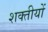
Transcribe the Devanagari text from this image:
शक्तीयों